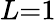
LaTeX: L{=}1